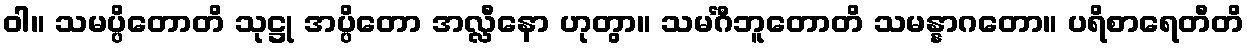
ဝါ။ သမပ္ပိတောတိ သုဋ္ဌု အပ္ပိတော အလ္လီနော ဟုတွာ။ သမင်္ဂီဘူတောတိ သမန္နာဂတော။ ပရိစာရေတီတိ